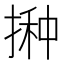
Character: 𱠛